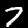
Label: 7